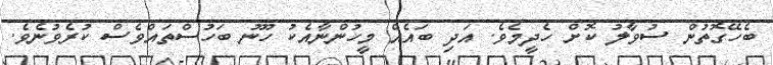
ބެހޭގޮތުން ސުވާލު ކޮށް ހެދީމެވެ. އަދި ބައެއް މީހުންނާއެކު ހޫނު ބަހުސްތައްވެސް ކުރެވުނެވެ.